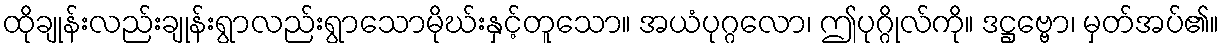
ထိုချုန်းလည်းချုန်းရွာလည်းရွာသောမိုဃ်းနှင့်တူသော။ အယံပုဂ္ဂလော၊ ဤပုဂ္ဂိုလ်ကို။ ဒဋ္ဌဗ္ဗော၊ မှတ်အပ်၏။